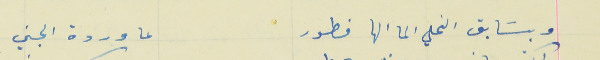
وبسَابق النحلي الما الها فطور                                    عا وردة الجني